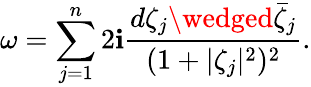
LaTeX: \omega=\sum_{j=1}^{n}2\mathbf{i}\frac{{d\zeta_{j}\wedged\bar{{\zeta}}_{j}}}{{(1+|\zeta_{j}|^{2})^{2}}}.